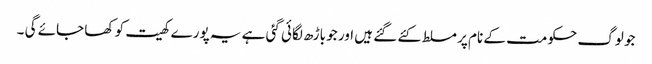
جو لوگ حکومت کے نام پر مسلط کئے گئے ہیں اور جو باڑھ لگائی گئی ہے یہ پورے کھیت کو کھا جائے گی ۔